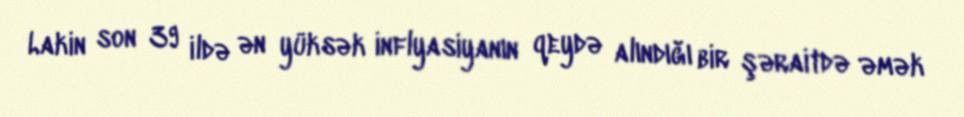
Lakin son 39 ildə ən yüksək inflyasiyanın qeydə alındığı bir şəraitdə əmək